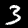
Label: 3